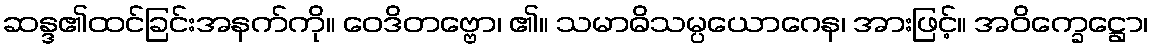
ဆန္ဒ၏ထင်ခြင်းအနက်ကို။ ဝေဒိတဗ္ဗော၊ ၏။ သမာဓိသမ္ပယောဂေန၊ အားဖြင့်။ အဝိက္ခေဋ္ဌော၊